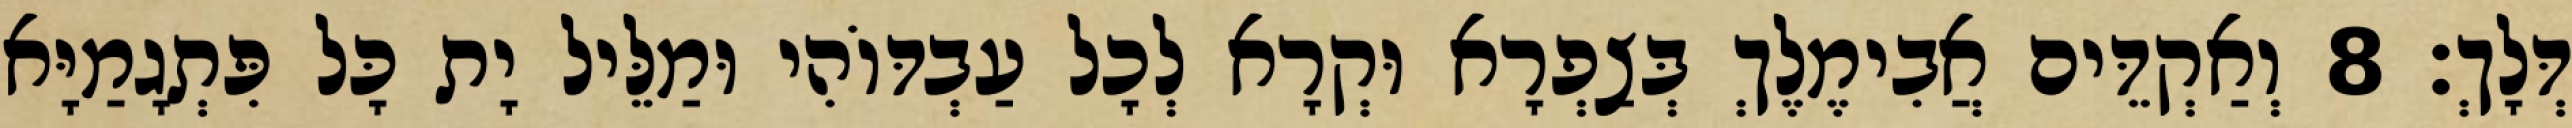
דְּלָךְ׃ 8 וְאַקְדֵּים אֲבִימֶלֶךְ בְּצַפְרָא וּקְרָא לְכָל עַבְדּוֹהִי וּמַלֵּיל יָת כָּל פִּתְגָמַיָּא